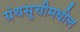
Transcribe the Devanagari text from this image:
ग्रंथसूचीमधील